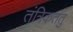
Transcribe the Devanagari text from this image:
तंत्रिकतंतु